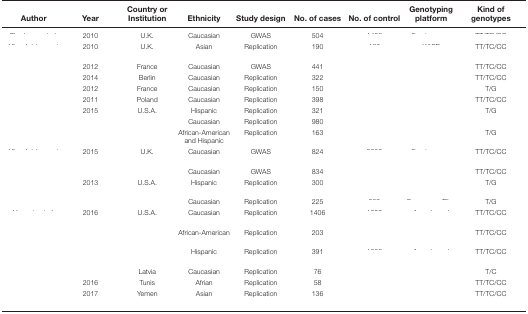
<table><thead><tr><td><b>Author</b></td><td><b>Year</b></td><td><b>Country or Institution</b></td><td><b>Ethnicity</b></td><td><b>Study design</b></td><td><b>No. of cases</b></td><td><b>No. of control</b></td><td><b>Genotyping platform</b></td><td><b>Kind of genotypes</b></td></tr></thead><tbody><tr><td>[EMPTY_CELL]</td><td>2010</td><td>U.K.</td><td>Caucasian</td><td>GWAS</td><td>504</td><td>[EMPTY_CELL]</td><td>[EMPTY_CELL]</td><td>[EMPTY_CELL]</td></tr><tr><td>[EMPTY_CELL]</td><td>2010</td><td>U.K.</td><td>Asian</td><td>Replication</td><td>190</td><td>[EMPTY_CELL]</td><td>[EMPTY_CELL]</td><td>TT/TC/CC</td></tr><tr><td>[EMPTY_CELL]</td><td>2012</td><td>France</td><td>Caucasian</td><td>GWAS</td><td>441</td><td>[EMPTY_CELL]</td><td>[EMPTY_CELL]</td><td>TT/TC/CC</td></tr><tr><td>[EMPTY_CELL]</td><td>2014</td><td>Berlin</td><td>Caucasian</td><td>Replication</td><td>322</td><td>[EMPTY_CELL]</td><td>[EMPTY_CELL]</td><td>TT/TC/CC</td></tr><tr><td>[EMPTY_CELL]</td><td>2012</td><td>France</td><td>Caucasian</td><td>Replication</td><td>150</td><td>[EMPTY_CELL]</td><td>[EMPTY_CELL]</td><td>T/G</td></tr><tr><td>[EMPTY_CELL]</td><td>2011</td><td>Poland</td><td>Caucasian</td><td>Replication</td><td>398</td><td>[EMPTY_CELL]</td><td>[EMPTY_CELL]</td><td>TT/TC/CC</td></tr><tr><td>[EMPTY_CELL]</td><td>2015</td><td>U.S.A.</td><td>Hispanic</td><td>Replication</td><td>321</td><td>[EMPTY_CELL]</td><td>[EMPTY_CELL]</td><td>T/G</td></tr><tr><td>[EMPTY_CELL]</td><td>[EMPTY_CELL]</td><td>[EMPTY_CELL]</td><td>Caucasian</td><td>Replication</td><td>980</td><td>[EMPTY_CELL]</td><td>[EMPTY_CELL]</td><td>[EMPTY_CELL]</td></tr><tr><td>[EMPTY_CELL]</td><td>[EMPTY_CELL]</td><td>[EMPTY_CELL]</td><td>African-American and Hispanic</td><td>Replication</td><td>163</td><td>[EMPTY_CELL]</td><td>[EMPTY_CELL]</td><td>T/G</td></tr><tr><td>[EMPTY_CELL]</td><td>2015</td><td>U.K.</td><td>Caucasian</td><td>GWAS</td><td>824</td><td>[EMPTY_CELL]</td><td>[EMPTY_CELL]</td><td>TT/TC/CC</td></tr><tr><td>[EMPTY_CELL]</td><td>[EMPTY_CELL]</td><td>[EMPTY_CELL]</td><td>Caucasian</td><td>GWAS</td><td>834</td><td>[EMPTY_CELL]</td><td>[EMPTY_CELL]</td><td>TT/TC/CC</td></tr><tr><td>[EMPTY_CELL]</td><td>2013</td><td>U.S.A.</td><td>Hispanic</td><td>Replication</td><td>300</td><td>[EMPTY_CELL]</td><td>[EMPTY_CELL]</td><td>T/G</td></tr><tr><td>[EMPTY_CELL]</td><td>[EMPTY_CELL]</td><td>[EMPTY_CELL]</td><td>Caucasian</td><td>Replication</td><td>225</td><td>[EMPTY_CELL]</td><td>[EMPTY_CELL]</td><td>T/G</td></tr><tr><td>[EMPTY_CELL]</td><td>2016</td><td>U.S.A.</td><td>Caucasian</td><td>Replication</td><td>1406</td><td>[EMPTY_CELL]</td><td>[EMPTY_CELL]</td><td>TT/TC/CC</td></tr><tr><td>[EMPTY_CELL]</td><td>[EMPTY_CELL]</td><td>[EMPTY_CELL]</td><td>African-American</td><td>Replication</td><td>203</td><td>[EMPTY_CELL]</td><td>[EMPTY_CELL]</td><td>TT/TC/CC</td></tr><tr><td>[EMPTY_CELL]</td><td>[EMPTY_CELL]</td><td>[EMPTY_CELL]</td><td>Hispanic</td><td>Replication</td><td>391</td><td>[EMPTY_CELL]</td><td>[EMPTY_CELL]</td><td>TT/TC/CC</td></tr><tr><td>[EMPTY_CELL]</td><td>[EMPTY_CELL]</td><td>Latvia</td><td>Caucasian</td><td>Replication</td><td>76</td><td>[EMPTY_CELL]</td><td>[EMPTY_CELL]</td><td>T/C</td></tr><tr><td>[EMPTY_CELL]</td><td>2016</td><td>Tunis</td><td>Afrian</td><td>Replication</td><td>58</td><td>[EMPTY_CELL]</td><td>[EMPTY_CELL]</td><td>TT/TC/CC</td></tr><tr><td>[EMPTY_CELL]</td><td>2017</td><td>Yemen</td><td>Asian</td><td>Replication</td><td>136</td><td>[EMPTY_CELL]</td><td>[EMPTY_CELL]</td><td>TT/TC/CC</td></tr></tbody></table>